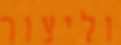
וליצור